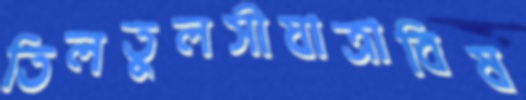
তিলতুলসীযাত্রাবিষ